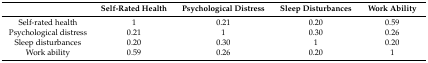
<table><thead><tr><td></td><td><b>Self-Rated Health</b></td><td><b>Psychological Distress</b></td><td><b>Sleep Disturbances</b></td><td><b>Work Ability</b></td></tr></thead><tbody><tr><td>Self-rated health</td><td>1</td><td>0.21</td><td>0.20</td><td>0.59</td></tr><tr><td>Psychological distress</td><td>0.21</td><td>1</td><td>0.30</td><td>0.26</td></tr><tr><td>Sleep disturbances</td><td>0.20</td><td>0.30</td><td>1</td><td>0.20</td></tr><tr><td>Work ability</td><td>0.59</td><td>0.26</td><td>0.20</td><td>1</td></tr></tbody></table>